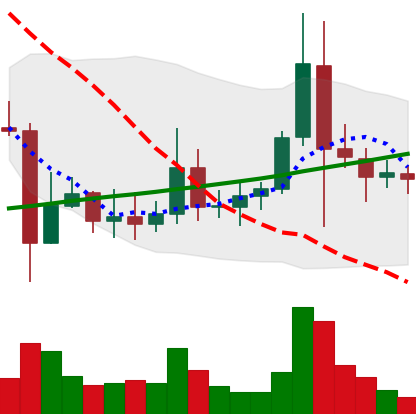
Ticker: ADA-USD
Chart end date: 2021-11-14
Forward return: -8.627%
Label: down_7plus